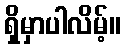
ရှိမှာပါလိမ့်။